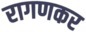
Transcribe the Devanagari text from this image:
रागणकर